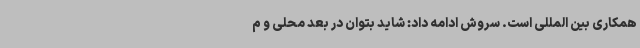
همکاری بین المللی است. سروش ادامه داد: شاید بتوان در بعد محلی و م